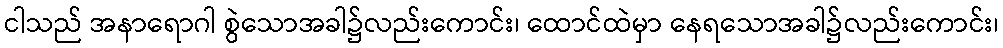
ငါသည် အနာရောဂါ စွဲသောအခါ၌လည်းကောင်း၊ ထောင်ထဲမှာ နေရသောအခါ၌လည်းကောင်း၊